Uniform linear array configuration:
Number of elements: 12
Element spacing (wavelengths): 0.75
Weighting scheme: cosine
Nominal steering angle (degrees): -30
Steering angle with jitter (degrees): -29.589
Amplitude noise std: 0.05
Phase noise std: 0.05

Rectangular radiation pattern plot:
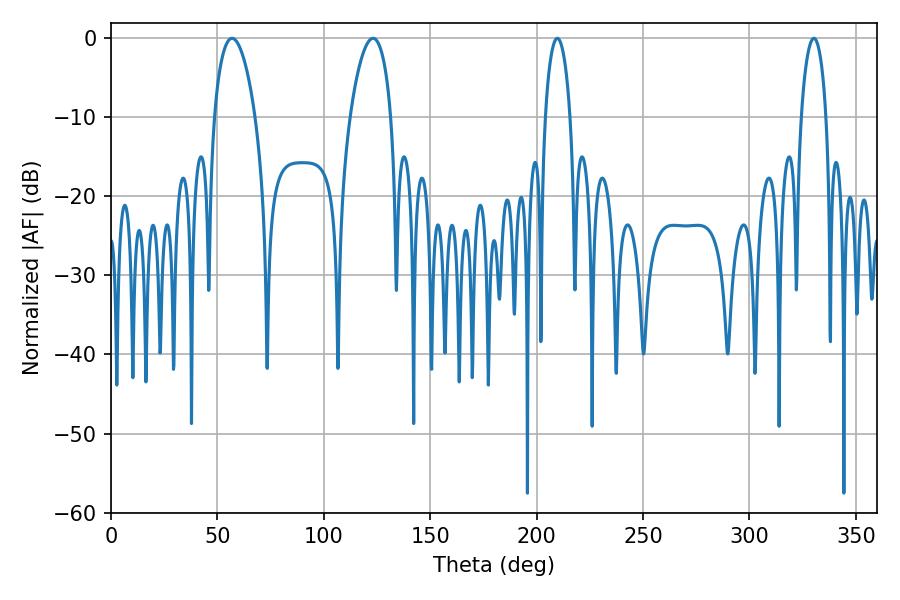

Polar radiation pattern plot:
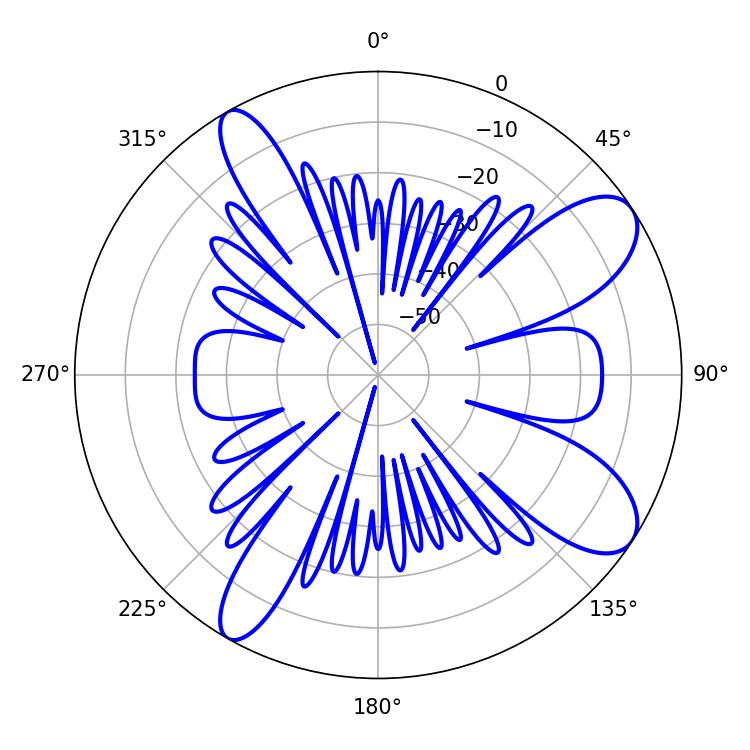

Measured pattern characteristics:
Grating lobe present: TRUE
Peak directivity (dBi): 9.595
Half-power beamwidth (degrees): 10.8
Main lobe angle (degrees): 56.88